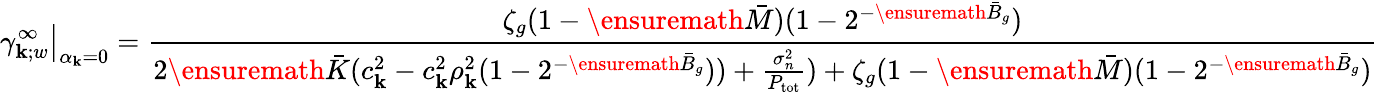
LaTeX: \left.\gamma_{\mathbf{k};w}^{\infty}\right\rvert_{\alpha_{\mathbf{k}}=0}=\frac{{\zeta_{g}(1-\ensuremath{{\bar{{M}}}})(1-2^{-\ensuremath{{\bar{{B}}}}_{g}})}}{{2\ensuremath{{\bar{{K}}}}(c_{\mathbf{k}}^{2}-c_{\mathbf{k}}^{2}\rho_{\mathbf{k}}^{2}(1-2^{-\ensuremath{{\bar{{B}}}}_{g}}))+\frac{{\sigma_{n}^{2}}}{{P_{\mathrm{{tot}}}}})+\zeta_{g}(1-\ensuremath{{\bar{{M}}}})(1-2^{-\ensuremath{{\bar{{B}}}}_{g}})}}